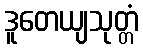
ဒူတေယျသုတ္တံ